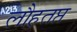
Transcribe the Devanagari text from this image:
लौहतप्त